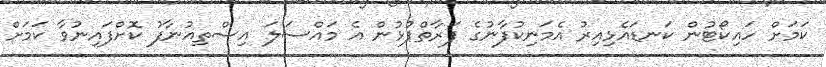
ކަމަށް ހައިކޯޓުން ކަނޑައެޅިއިރު އެމަނިކުފާނުގެ ފަރާތްޕުޅުން އެ މައްސަލަ އިސްތިއުނާފު ކޮށްފައިނުވާ ކަމަށް